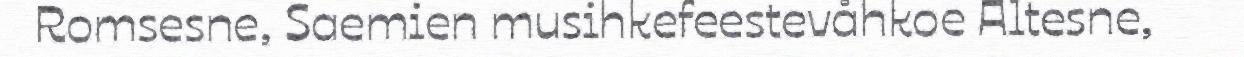
Romsesne, Saemien musihkefeestevåhkoe Altesne,